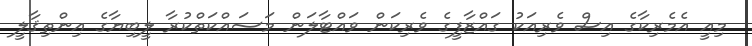
މިއީ އެމެރިކާގެ އިސް ވެރިއަކު ގައްޒާފީގެ ވެރިކަން ވައްޓާލަން މަސައްކަތްކުރާ ލީބިޔާގެ އިންތިޤާލީ